Report of the Indian Hemp Drugs Commission, 1894-1895 - Volume VII
Year: 1894
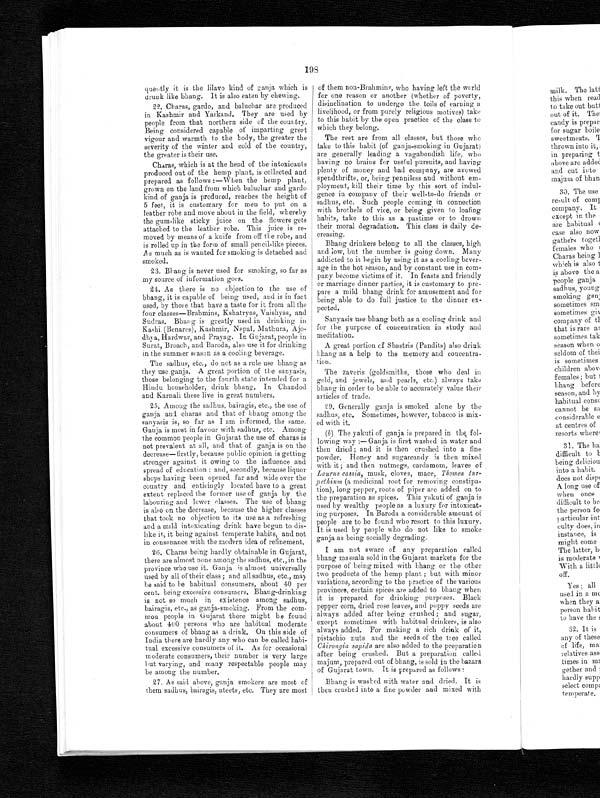
198
quently it is the lilavo kind of ganja which is
drunk like bhang. It is also eaten by chewing.
22. Charas, gardo, and baluchar are produced
in Kashmir and Yarkand. They are used by
people from that northern side of the country.
Being considered capable of imparting great
vigour and warmth to the body, the greater the
severity of the winter and cold of the country,
the greater is their use.
Charas, which is at the head of the intoxicants
produced out of the hemp plant, is collected and
prepared as follows :—When the hemp plant,
grown on the land from which baluchar and gardo
kind of ganja is produced, reaches the height of
5 feet, it is customary for men to put on a
leather robe and move about in the field, whereby
the gum-like sticky juice on the flowers gets
attached to the leather robe. This juice is re-
moved by means of a knife from off the robe, and
is rolled up in the form of small pencil-like pieces.
As much as is wanted for smoking is detached and
smoked.
23. Bhang is never used for smoking, so far as
my source of information goes.
24.
As there is no objection to the use of
bhang, it is capable of being used, and is in fact
used, by those that have a taste for it from all the
four classes—Brahmins, Kshatryas, Vaishyas, and
Sudras. Bhang is greatly used in drinking in
Kashi (Benares), Kashmir, Nepal, Mathura, Ajo-
dhya, Hardwar, and Prayag. In Gujarat, people in
Surat, Broach, and Baroda, also use it for drinking
in the summer season as a cooling beverage.
The sadhus, etc., do not as a rule use bhang as
they use ganja. A great portion of the sanyasis,
those belonging to the fourth state intended for a
Hindu householder, drink bhang. In Chandod
and Karnali these live in great numbers.
25. Among the sadhus, bairagis, etc., the use of
ganja and charas and that of bhang among the
sanyasis is, so far as I am informed, the same.
Ganja is most in favour with sadhus, etc. Among
the common people in Gujarat the use of charas is
not prevalent at all, and that of ganja is on the
decrease—firstly, because public opinion is getting
stronger against it owing to the influence and
spread of education ; and, secondly, because liquor
shops having been opened far and wide over the
country and enticingly located have to a great
extent replaced the former use of ganja by the
labouring and lower classes. The use of bhang
is also on the decrease, because the higher classes
that took no objection to its use as a refreshing
and a mild intoxicating drink have begun to dis-
like it, it being against temperate habits, and not
in consonance with the modern idea of refinement.
26. Charas being hardly obtainable in Gujarat,
there are almost none among the sadhus, etc., in the
province who use it. Ganja is almost universally
used by all of their class ; and all sadhus, etc., may
be said to be habitual consumers, about 40 per
cent. being excessive consumers. Bhang-drinking
is not so much in existence among sadhus,
bairagis, etc., as ganja-smoking. From the com-
mon people in Gujarat there might be found
about 400 persons who are habitual moderate
consumers of bhang as a drink. On this side of
India there are hardly any who can be called habi-
tual excessive consumers of it. As for occasional
moderate consumers, their number is very large
but varying, and many respectable people may
be among the number.
27. As said above, ganja smokers are most of
them sadhus, bairagis, ateets, etc. They are most
of them non-Brahmins, who having left the world
for one reason or another (whether of poverty,
disinclination to undergo the toils of earning a
livelihood, or from purely religious motives) take
to this habit by the open practice of the class to
which they belong.
The rest are from all classes, but those who
take to this habit (of ganja-smoking in Gujarat)
are generally leading a vagabondish life, who
having no brains for useful pursuits, and having
plenty of money and bad company, are avowed
spendthrifts, or, being penniless and without em-
ployment, kill their time by this sort of indul-
gence in company of their well-to-do friends or
sadhus, etc. Such people coming in connection
with brothels of vice, or being given to loafing
habits, take to this as a pastime or to drown
their moral degradation. This class is daily de-
creasing.
Bhang drinkers belong to all the classes, high
and low, but the number is going down. Many
addicted to it begin by using it as a cooling bever-
age in the hot season, and by constant use in com-
pany become victims of it. In feasts and friendly
or marriage dinner parties, it is customary to pre-
pare a mild bhang drink for amusement and for
being able to do full justice to the dinner ex-
pected.
Sanyasis use bhang both as a cooling drink and
for the purpose of concentration in study and
meditation.
A great portion of Shastris (Pandits) also drink
bhang as a help to the memory and concentra-
tion.
The zaveris (goldsmiths, those who deal in
gold, and jewels, and pearls, etc,) always take
bhang in order to be able to accurately value their
articles of trade.
29. Generally ganja is smoked alone by the
sadhus, etc. Sometimes, however, tobacco is mix-
ed with it.
( b ) The yakuti of ganja is prepared in the fol-
lowing way :—Ganja is first washed in water and
then dried ; and it is then crushed into a fine
powder. Honey and sugarcandy is then mixed
with it; and then nutmegs, cardamom, leaves of
Laurus cassia , musk, cloves, mace, Thomea tur-
pethium (a medicinal root for removing constipa-
tion), long pepper, roots of piper are added on to
the preparation as spices. This yakuti of ganja is
used by wealthy people as a luxury fur intoxicat-
ing purposes. In Baroda a considerable amount of
people are to be found who resort to this luxury.
It is used by people who do not like to smoke
ganja as being socially degrading.
I am not aware of any preparation called
bhang massala sold in the Gujarat markets for the
purpose of being mixed with bhang or the other
two products of the hemp plant ; but with minor
variations, according to the practice of the various
provinces, certain spices are added to bhang when
it is prepared for drinking purposes. Black
pepper corn, dried rose leaves, and poppy seeds are
always added after being crushed ; and sugar,
except sometimes with habitual drinkers, is also
always added. For making a rich drink of it,
pistachio nuts and the seeds of the tree called
Chirongia sapida are also added to the preparation
after being crushed. But a preparation called
majum, prepared out of bhang, is sold in the bazars
of Gujarat town. It is prepared as follows :
Bhang is washed with water and dried. It is
then crushed into a fine powder and mixed with